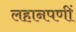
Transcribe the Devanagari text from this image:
लहानपणीं